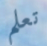
تعلم